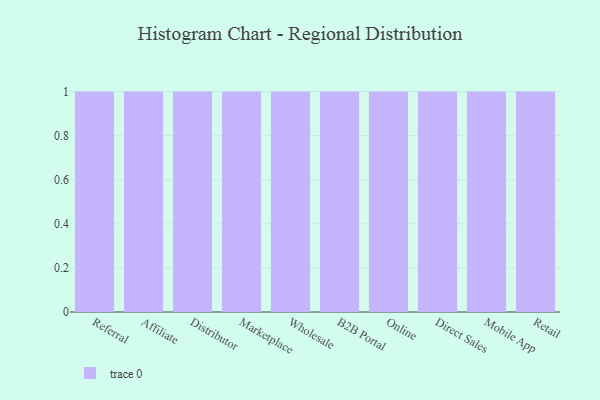
{"axis": {"x": "Channel", "y": "Satisfaction Score"}, "legend": [""], "data": [{"x": "Referral", "y": 17, "type": ""}, {"x": "Affiliate", "y": 47, "type": ""}, {"x": "Distributor", "y": 8, "type": ""}, {"x": "Marketplace", "y": 41, "type": ""}, {"x": "Wholesale", "y": 34, "type": ""}, {"x": "B2B Portal", "y": 60, "type": ""}, {"x": "Online", "y": 65, "type": ""}, {"x": "Direct Sales", "y": 34, "type": ""}, {"x": "Mobile App", "y": 71, "type": ""}, {"x": "Retail", "y": 29, "type": ""}]}